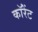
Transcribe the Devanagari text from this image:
कॉरेंट